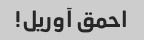
احمق آوریل!